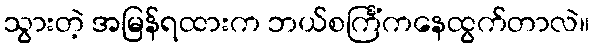
သွားတဲ့ အမြန်ရထားက ဘယ်စင်္ကြံကနေထွက်တာလဲ။